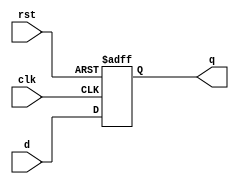
module asyn_dff_good_setup (
  clk,
  rst,
  d,
  q
);

  input    clk;
  input    rst;
  input    d;
  output   q;

  reg      q;

  always @( posedge clk or posedge rst ) begin
    if ( rst ) begin
      q <= 1'b0;
    end
    else begin
      q <= d;
    end
  end

endmodule